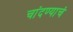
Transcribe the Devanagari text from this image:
चांदण्याचं